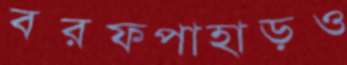
বরফপাহাড়ও